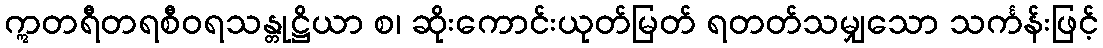
ဣတရီတရစီဝရသန္တုဋ္ဌိယာ စ၊ ဆိုးကောင်းယုတ်မြတ် ရတတ်သမျှသော သင်္ကန်းဖြင့်